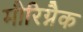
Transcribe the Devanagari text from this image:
मौरिग्नैक